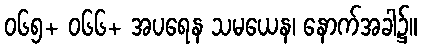
၀၆၅+ ၀၆၆+ အပရေန သမယေန၊ နောက်အခါ၌။